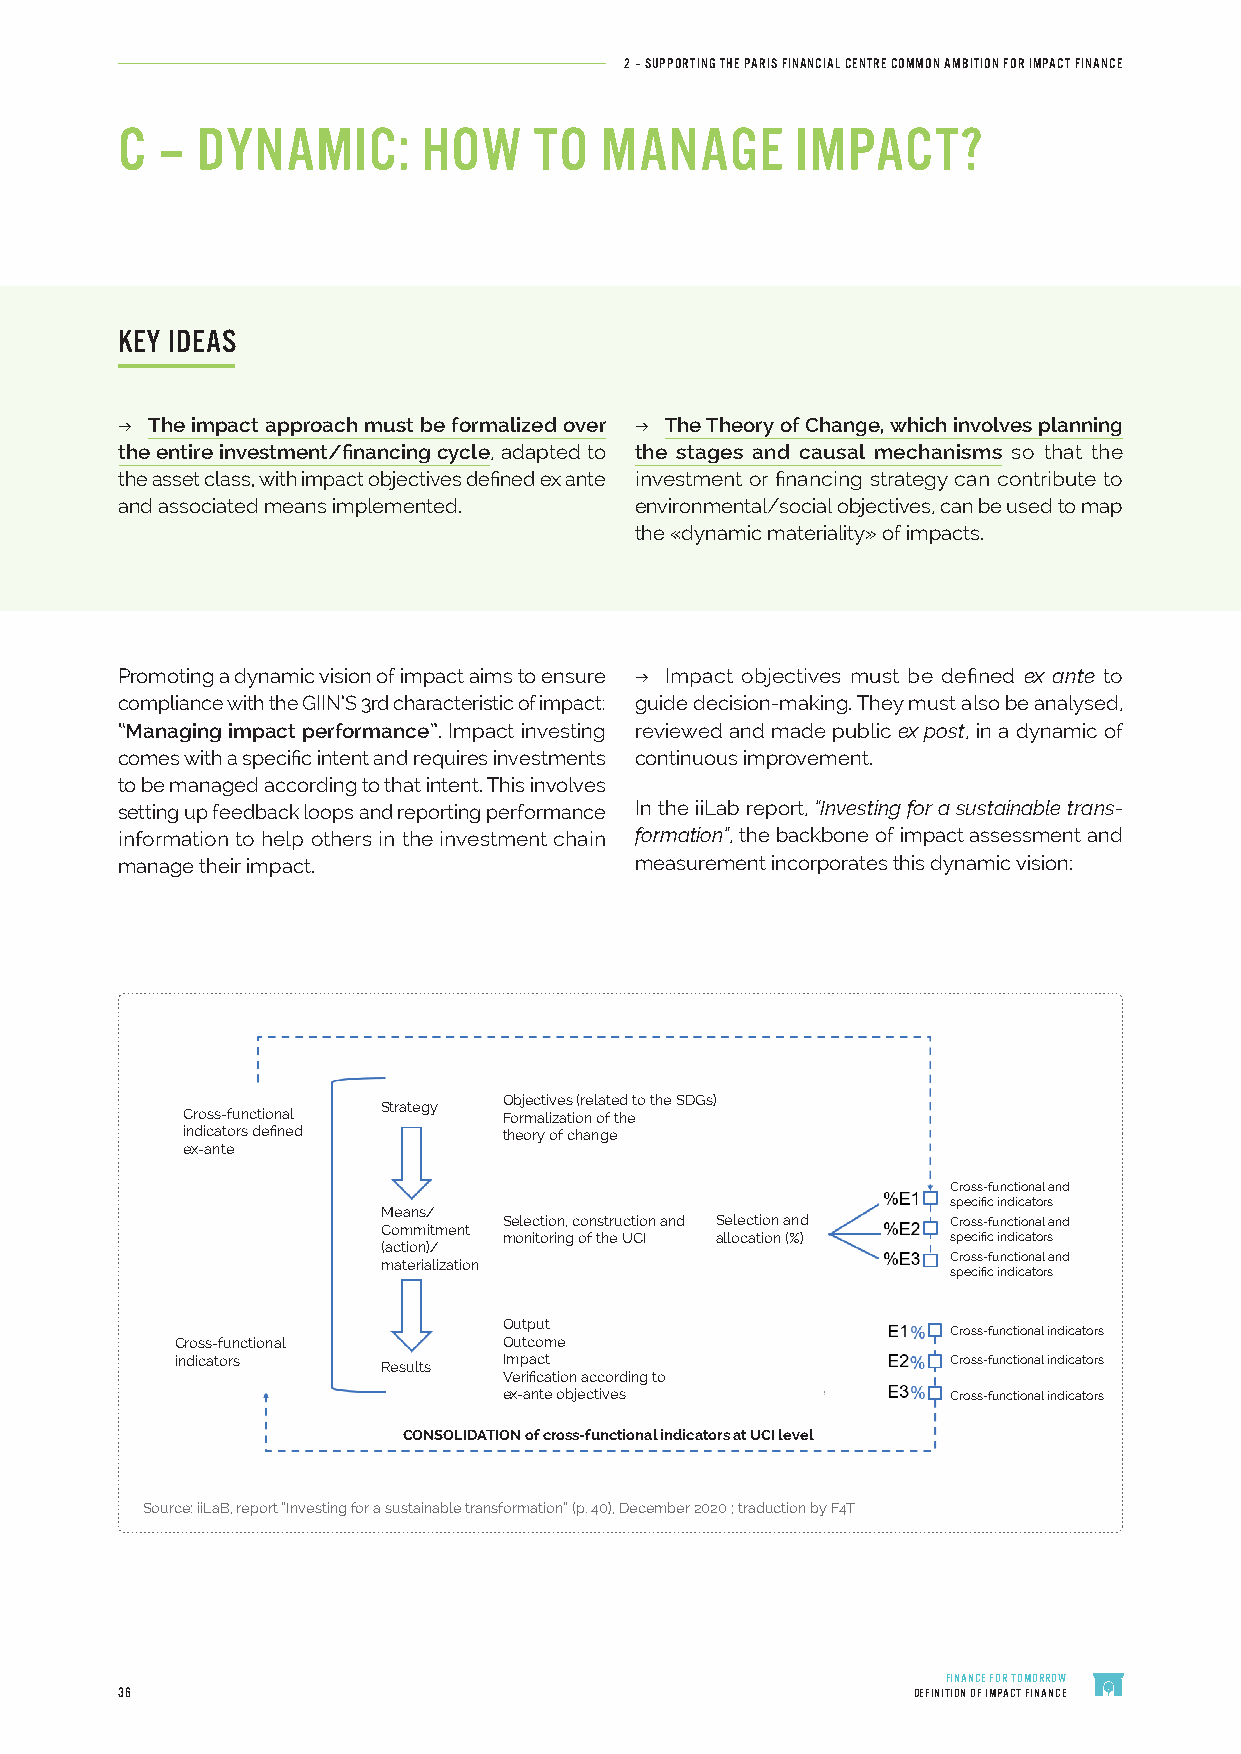
2 – SUPPORTING THE PARIS FINANCIAL CENTRE COMMON AMBITION FOR IMPACT FINANCE
 C –  DYNAMIC:       HOW    TO   MANAGE       IMPACT?
 KEY IDEAS
 ϭ The impact approach must be formalized over ϭ The Theory of Change, which involves planning
 the entire investment/financing cycle, adapted to the stages and causal mechanisms so that the
 the asset class, with impact objectives defined ex ante investment or financing strategy can contribute to
 and associated means implemented. environmental/social objectives, can be used to map
 the «dynamic materiality» of impacts.
 Promoting a dynamic vision of impact aims to ensure ϭ Impact objectives must be defined ex ante to
 compliance with the GIIN’S 3rd characteristic of impact: guide decision-making. They must also be analysed,
 “Managing impact performance”. Impact investing reviewed and made public ex post, in a dynamic of
 comes with a specific intent and requires investments continuous improvement.
 to be managed according to that intent. This involves
 setting up feedback loops and reporting performance In the iiLab report, “Investing for a sustainable trans-
 information to help others in the investment chain formation”, the backbone of impact assessment and
 manage their impact.              measurement incorporates this dynamic vision:
 Objectives (related to the SDGs)
 Strategy
 Cross-functional     Formalization of the
 indicators defined   theory of change
 ex-ante
 Cross-functional and
 specific indicators
 Means/
 Selection, construction and Selection and Cross-functional and
 Commitment
 monitoring of the UCI allocation (%) specific indicators
 (action)/
 Cross-functional and
 materialization
 specific indicators
 Output
 Cross-functional indicators
 Cross-functional     Outcome
 indicators   Results Impact                        Cross-functional indicators
 Verification according to
 ex-ante objectives            Cross-functional indicators
 CONSOLIDATION of cross-functional indicators at UCI level
 Source: iiLaB, report “Investing for a sustainable transformation” (p. 40), December 2020 ; traduction by F4T
 FINANCE FOR TOMORROW
 36                                                  DEFINITION OF IMPACT FINANCE